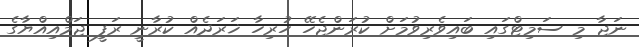
ނަޖާ މި ސަމިޓްގައި ބައިވެރިވުމަށް ކުރަންޖެހޭ ހުރިހާ ޚަރަދެއް ކުރާނީ ރަފީ ޖަމްއިއްޔާގެ